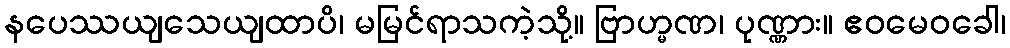
နပေဿယျသေယျထာပိ၊ မမြင်ရာသကဲ့သို့။ ဗြာဟ္မဏ၊ ပုဏ္ဏား။ ဧဝမေဝခေါ၊